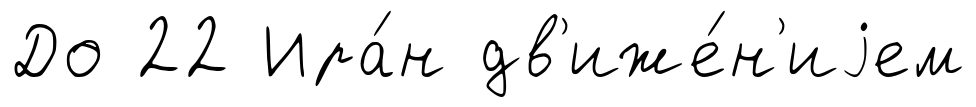
До 22 Ира́н дв'иже́н'иjем